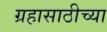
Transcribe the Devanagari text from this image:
ग्रहासाठीच्या